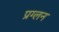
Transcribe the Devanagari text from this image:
प्रग्लन